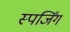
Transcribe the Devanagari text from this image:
स्पर्जिंग